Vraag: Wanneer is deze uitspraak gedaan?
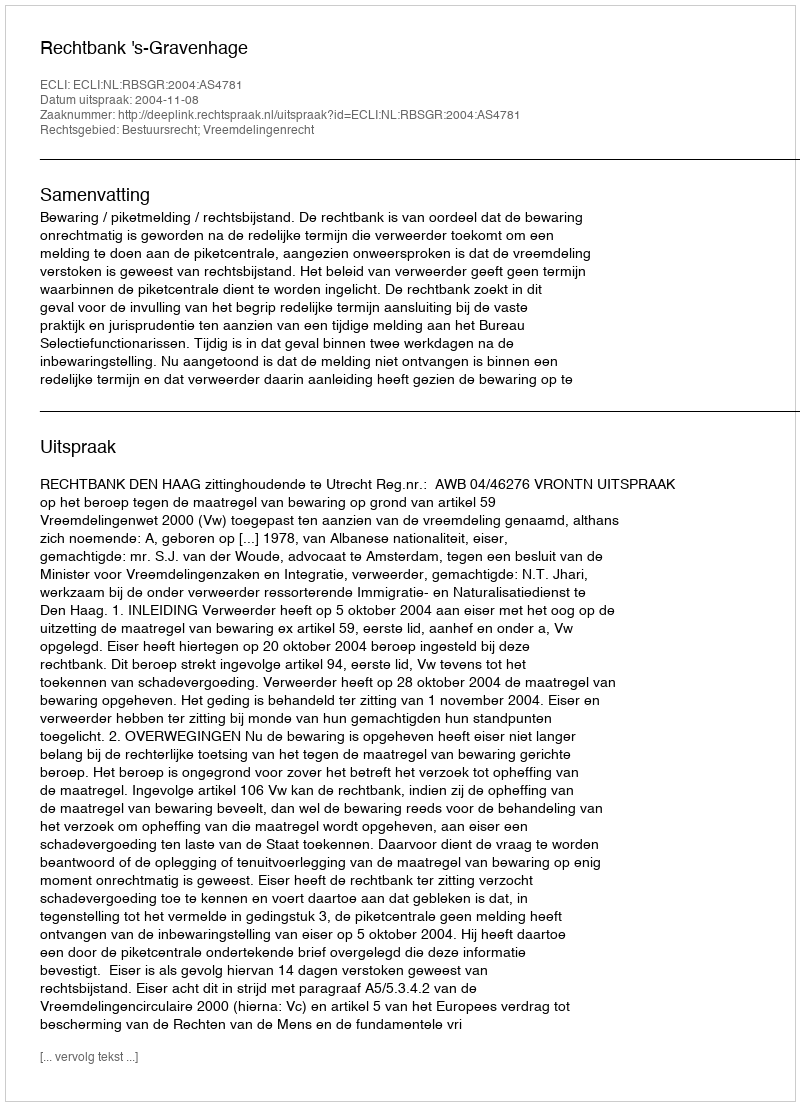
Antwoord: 2004-11-08